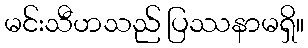
မင်းသီဟသည် ပြဿနာမရှိ။